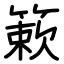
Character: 簌